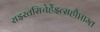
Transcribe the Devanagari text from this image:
राइखसिचेर्हेइत्सहौप्ताम्त